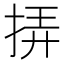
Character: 挵